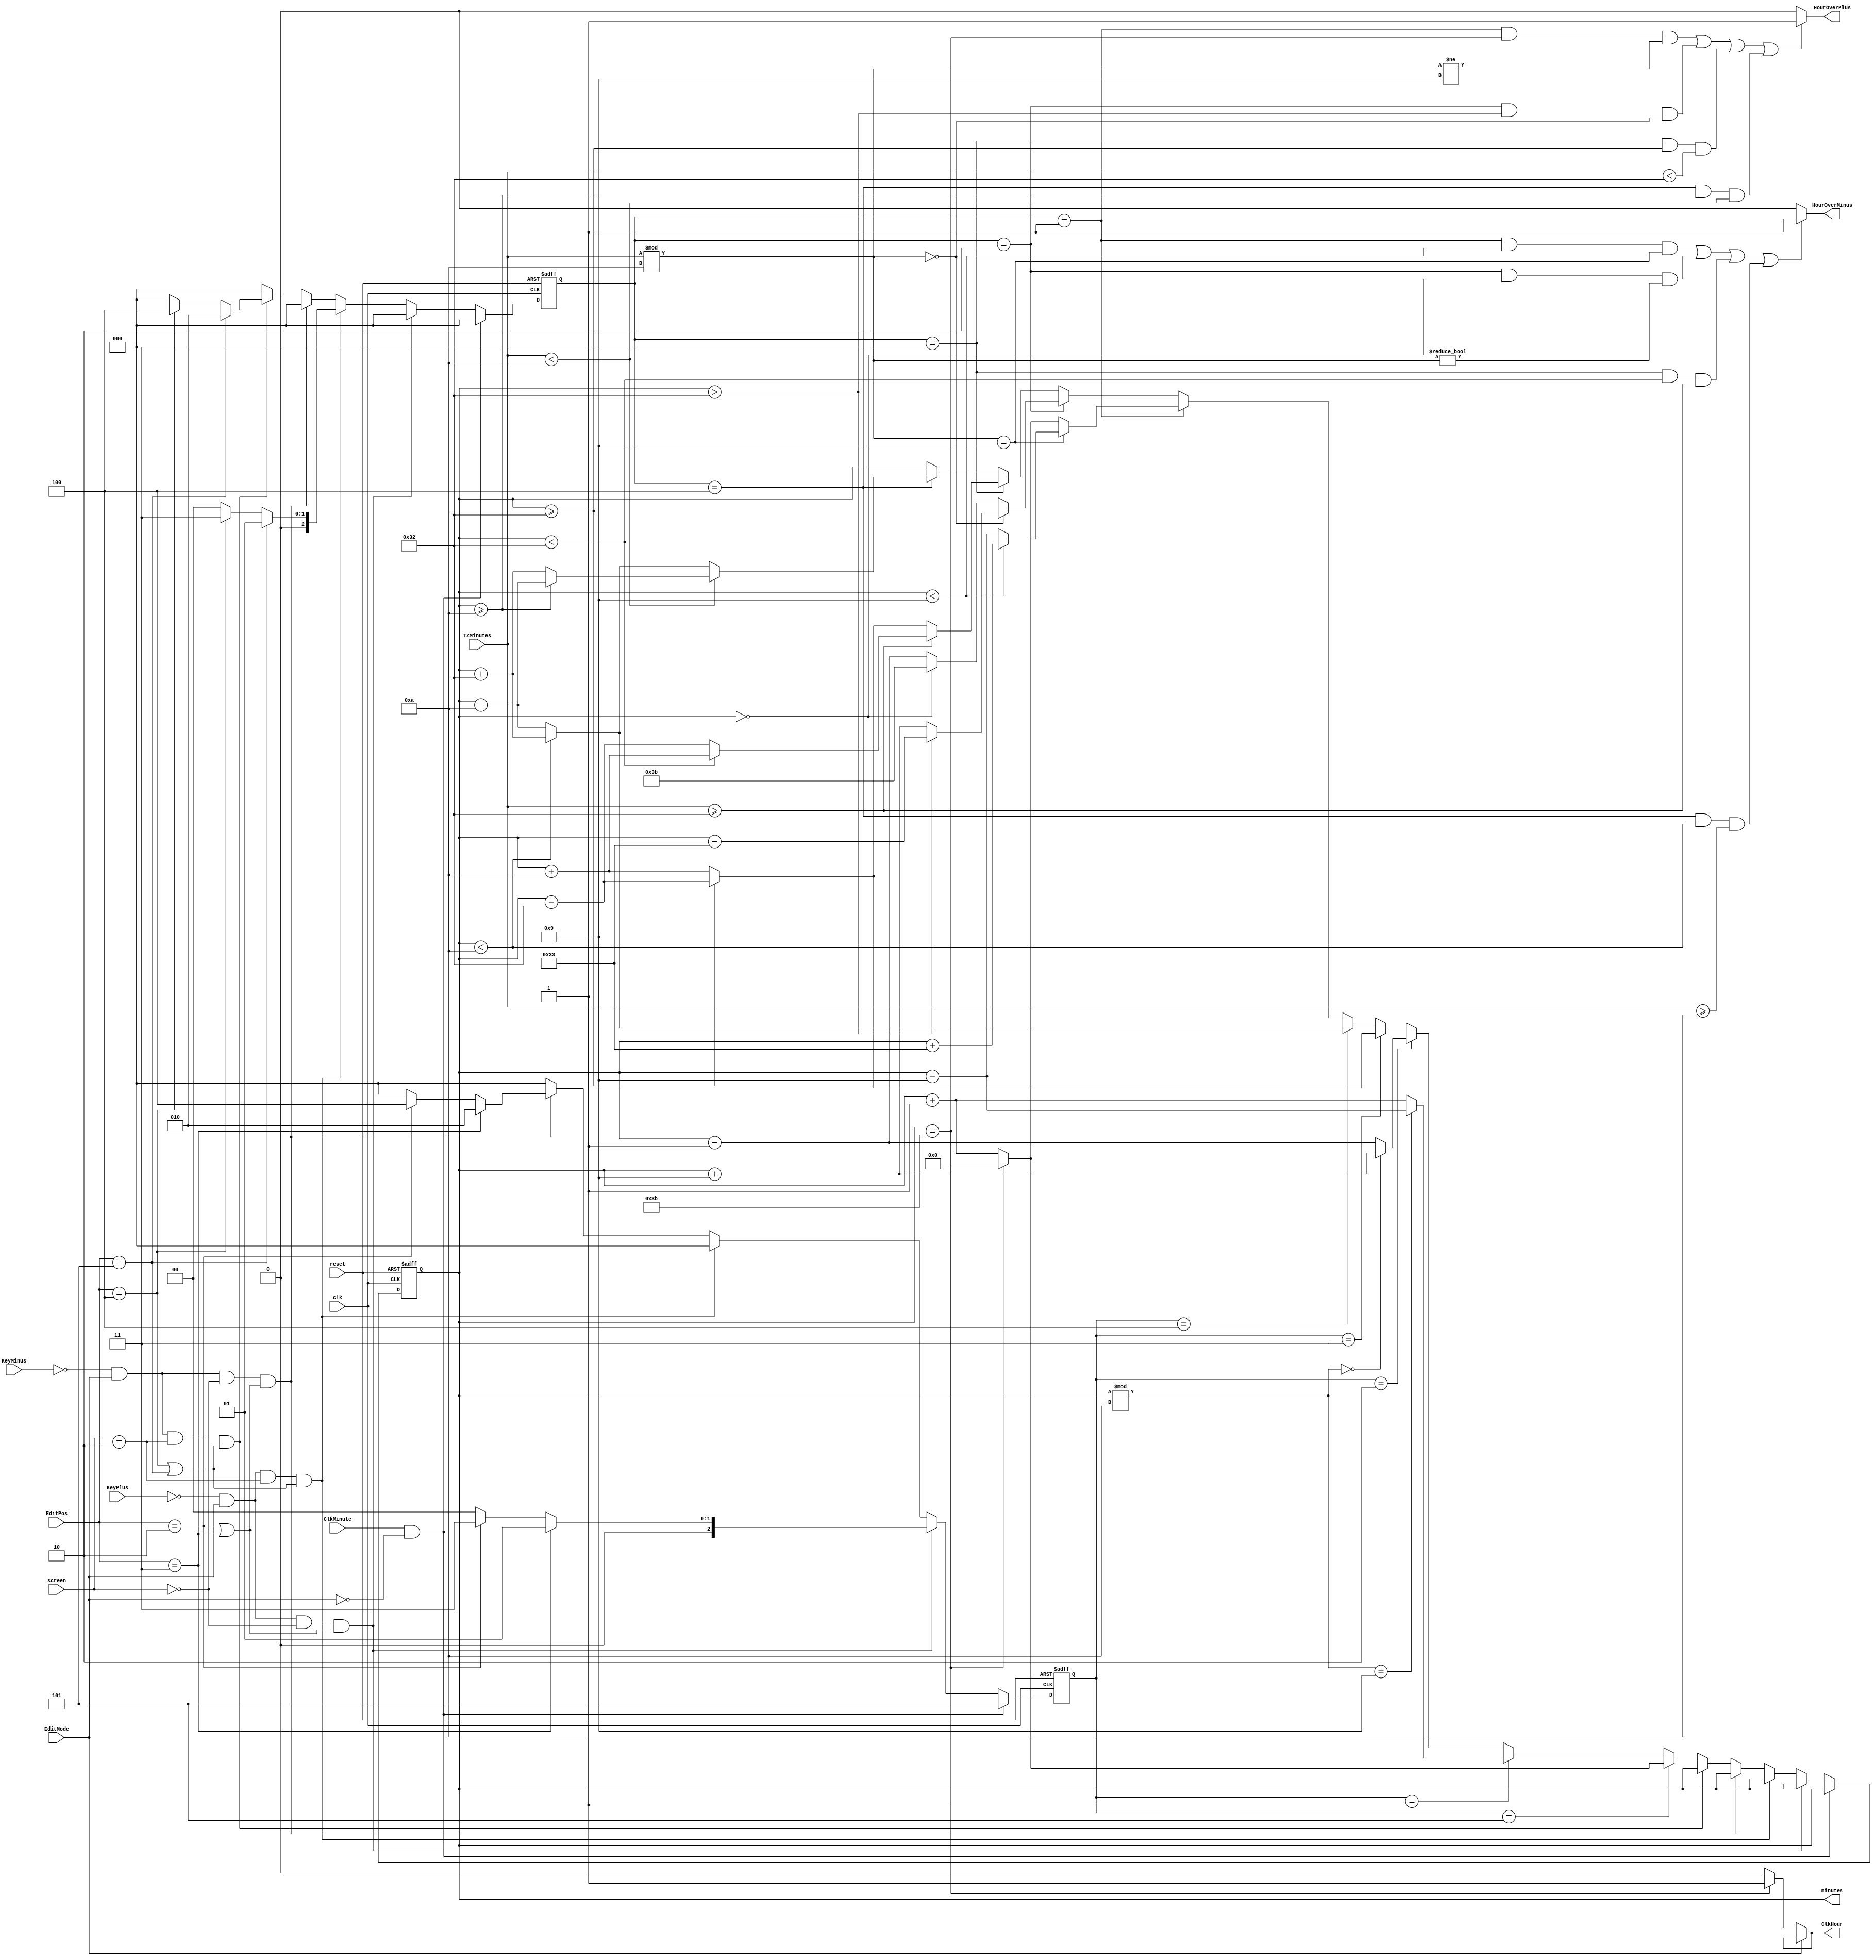
/** Minutes Manager
 * 
 * Input: EditPos, reset, screen, EditMode,
 *        ClkMinute, clk, KeyPlus, KeyMinus,
 *        TZMinutes
 * Output: minutes, ClkHour, HourOverPlus, HourOverMinus
 * 
 * Dependence: none
 * 
 * Function: Manage minutes of project
 * 
 * Description Input, Output:
 * 
 * - minutes: perform minutes of project
 * - ClkHour: the clock for hours counter
 * - HourOverPlus, HourOverMinus: the signal to plus, minus hour when in Time Zone Mode
 * - ClkMinute: the clock for minutes counter
 * - clk: the main clock for flip-flop
 * - KeyPlus, KeyMinus: plus, minus 1 unit of current position when in Edit Mode
 * - reset: to reset the project
 * - EditPos: the current position of hex. This is opposite with hex which is 0 in the leftmost while it is 7
 * - EditMode: perform Edit Mode which is high or low
 * - screen: perform the current screen
 * - TZMinutes: perform the minutes of time zone
 */
module MinuteCounter(minutes, ClkHour, HourOverPlus, HourOverMinus,
							ClkMinute, clk, KeyPlus, KeyMinus, reset,
							EditPos, EditMode, screen,
							TZMinutes);
	output reg[6:0] minutes;
	output ClkHour, HourOverMinus, HourOverPlus;
	input [2:0] EditPos;
	input EditMode, clk, ClkMinute, KeyPlus, KeyMinus, reset;
	input [1:0] screen;
	input [6:0] TZMinutes;
	
	reg [2:0] mode, mode2;
	
	assign ClkHour = EditMode == 1? ClkHour: minutes == 59? 1'b1: 1'b0;
	assign HourOverPlus = ((mode2 == 1 && minutes == 59 && TZMinutes % 10 != 9) ||
									(mode2 == 2 && minutes > 50 && TZMinutes % 10 == 0) ||
									(mode2 == 3 && minutes >= 50 && TZMinutes < 50) ||
									(mode2 == 4 && minutes >= 10 && TZMinutes < 10))? 1'b1: 1'b0;
	assign HourOverMinus = ((mode2 == 1 && minutes < 9 && TZMinutes % 10 == 9) ||
									(mode2 == 2 && minutes == 0 && TZMinutes % 10 != 0) ||
									(mode2 == 3 && minutes < 50 && TZMinutes >= 50) ||
									(mode2 == 4 && minutes < 10 && TZMinutes >= 10))? 1'b1: 1'b0;
	
	
	always @(posedge clk, negedge reset) begin
		if(~reset) begin
			minutes <= 0;
			mode <= 0;
			mode2 <= 0;
		end
		else if(ClkMinute && EditMode == 0) begin
			mode2 <= 0;
			mode <= 5;
		end
		else if(~KeyPlus && EditMode == 1 && screen == 0 && (EditPos == 2 || EditPos == 3)) begin
			mode2 <= 0;
			if (EditPos == 3) mode <= 1;
			else if (EditPos == 2) mode <= 3;
			else mode <= 0;
		end
		else if(~KeyPlus && EditMode == 1 && screen == 2 && (EditPos == 4 || EditPos == 5)) begin
			mode <= 0;
			if (EditPos == 5) mode2 <= 1;
			else if (EditPos == 4) mode2 <= 3;
			else mode2 <= 0;
		end
		else if(~KeyMinus && EditMode == 1 && screen == 0 && (EditPos == 2 || EditPos == 3)) begin
			mode2 <= 0;
			if (EditPos == 3) mode <= 2;
			else if (EditPos == 2) mode <= 4;
			else mode <= 0;
		end
		else if(~KeyMinus && EditMode == 1 && screen == 2 && (EditPos == 4 || EditPos == 5)) begin
			mode <= 0;
			if (EditPos == 5) mode2 <= 2;
			else if (EditPos == 4) mode2 <= 4;
			else mode2 <= 0;
		end
		else begin
			mode <= 0;
			mode2 <= 0;
			minutes <= mode == 5? (minutes == 59? 7'd0: minutes + 7'd1):
						mode == 1? (minutes % 10 == 9? minutes - 7'd9: minutes + 7'd1):
						mode == 2? (minutes % 10 == 0? minutes + 7'd9: minutes - 7'd1):
						mode == 3? (minutes >= 50? minutes - 7'd50: minutes + 7'd10):
						mode == 4? (minutes < 10? minutes + 7'd50: minutes - 7'd10):
						mode2 == 1? (TZMinutes % 10 == 9? (minutes < 9? minutes + 7'd51: minutes - 7'd9): (minutes == 59? 7'd0: minutes + 7'd1)):
						mode2 == 2? (TZMinutes % 10 == 0? (minutes > 50? minutes - 7'd51: minutes + 7'd9): (minutes == 0? 7'd59: minutes - 7'd1)):
						mode2 == 3? (TZMinutes >= 50? (minutes < 50? minutes + 7'd10: minutes - 7'd50): (minutes >= 50? minutes - 7'd50: minutes + 7'd10)):
						mode2 == 4? (TZMinutes < 10? (minutes >= 10? minutes - 7'd10: minutes + 7'd50): (minutes < 10? minutes + 7'd50: minutes - 7'd10)):
						minutes;
		end
	end
	
endmodule